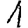
Digit: 1